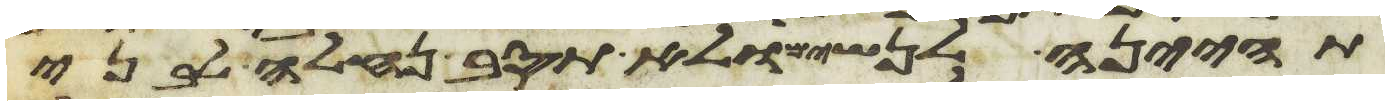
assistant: תהינה לנשים ולא תסוב נחלה לבני